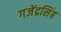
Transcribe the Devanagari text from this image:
गजेंद्रसिंह